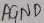
Text: AGND